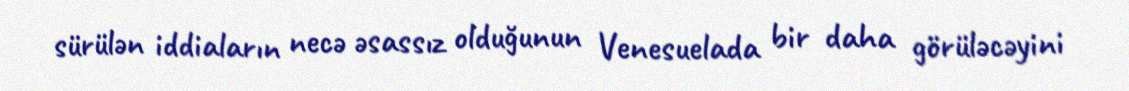
sürülən iddiaların necə əsassız olduğunun Venesuelada bir daha görüləcəyini